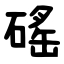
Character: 磘